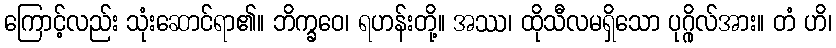
ကြောင့်လည်း သုံးဆောင်ရာ၏။ ဘိက္ခဝေ၊ ရဟန်းတို့။ အဿ၊ ထိုသီလမရှိသော ပုဂ္ဂိုလ်အား။ တံ ဟိ၊